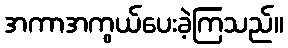
အကာအကွယ်ပေးခဲ့ကြသည်။